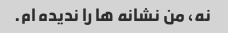
نه، من نشانه ها را ندیده ام.